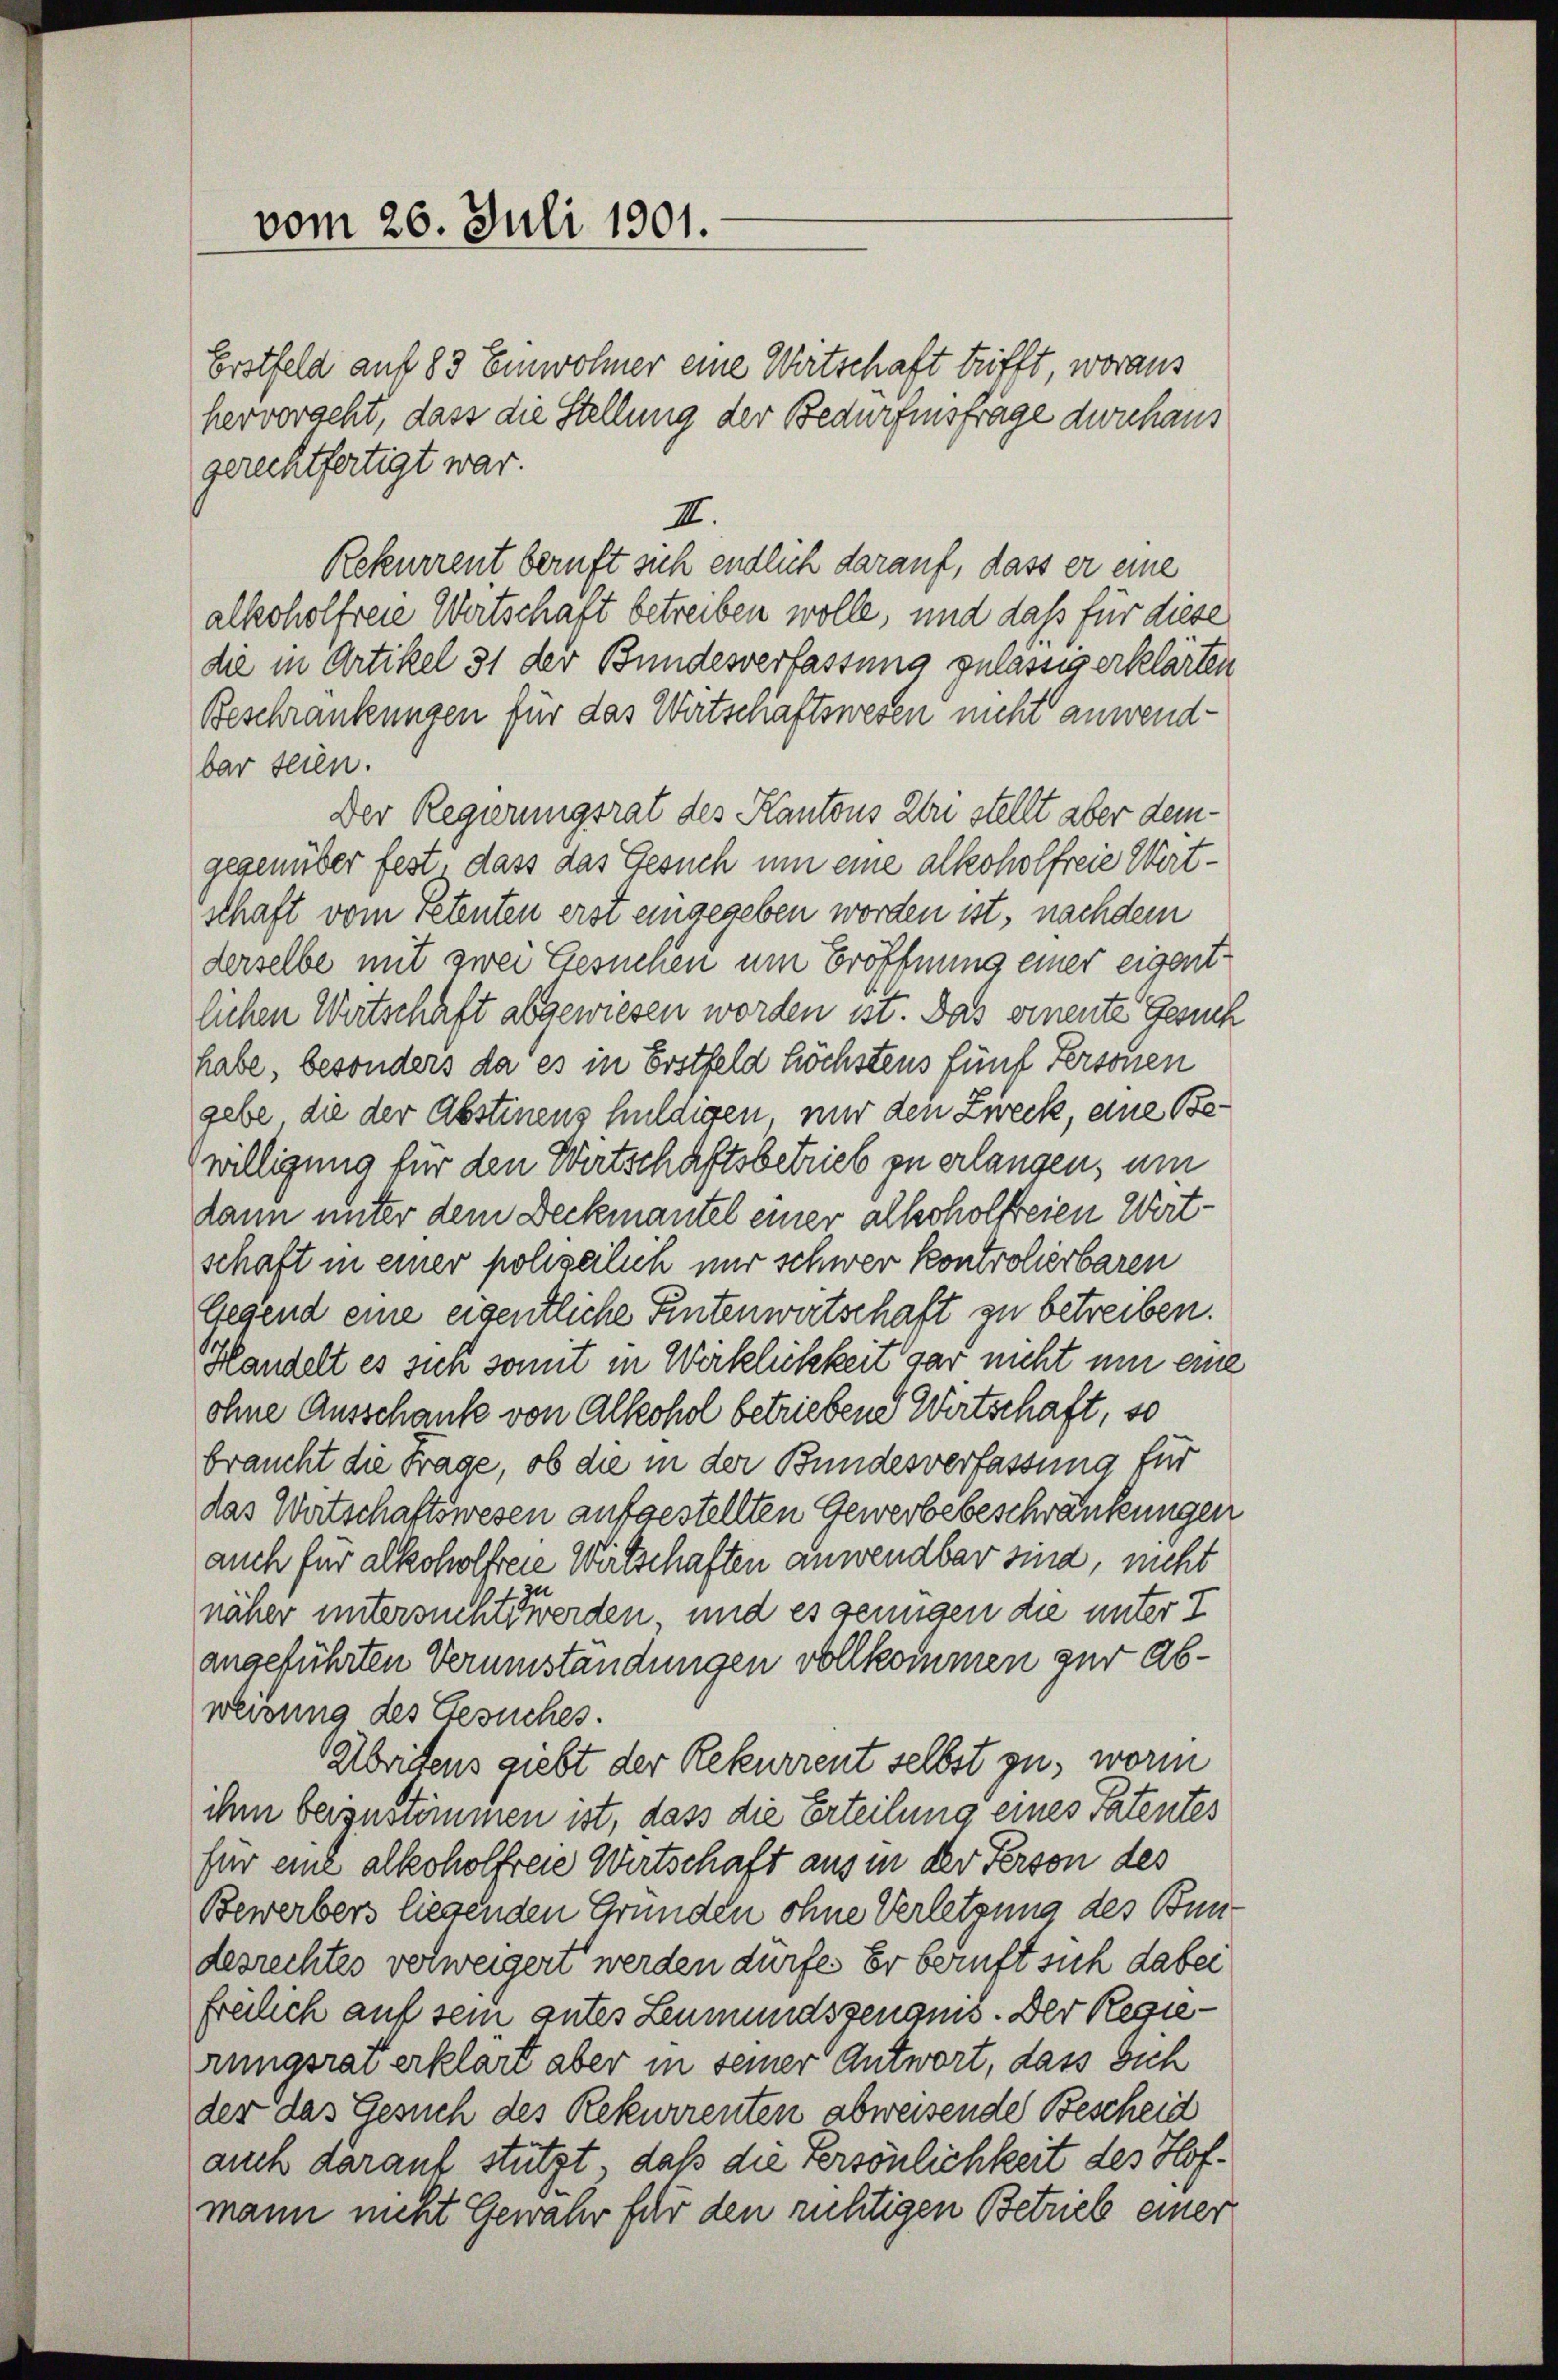
vom 26. Juli 1901.

Erstfeld auf 83 Einwohner eine Wirtschaft trifft, woraus
hervorgeht, dass die Stellung der Bedürfensfrage durchaus
gerechtfertigt war.
Rekurrent beruft sich endlich darauf, dass er eine
alkoholfreie Wertschaft betreiben wolle, und daß für diese
die in Artikel 31 der Bundesverfassung zulässig erklärten
Beschränkungen für das Wirtschaftswesen nicht anwendbar seien.
Der Regierungsrat des Kantons zu stellt aber demgegenüber fest, dass das Gesuch um eine alkoholfreie Wirt-
schaft vom Petenten erst eingegeben worden ist, nachdem
derselbe mit zwei Gesuchen um Eröffnung einer eigentlichen Wertschaft abgewiesen worden ist. Das einente Gesuch
habe, besonders da es in Erstfeld höchstens fünf Personen
gebe, die der Abstinens huldigen nur den Zweck, eine Bewilligung für den Wirtschaftsbetrieb zu erlangen, um
dann unter dem Deckmantel einer alkoholfreien Wert-
schaft in einer polizeilich nur schwer kontrolierbaren
Gegend eine eigentliche Pintenwirtschaft zu betreiben.
Handelt es sich somit in Wirklichkeit gar nicht nur eine
ohne Ausschause von Alkohol betriebene Wirtschaft, so
braucht die Frage, ob die in der Bundesverfassung für
das Watschaftswesen aufgestellten Gewerbebeschränkungen
auch für alkoholfreie Wirtschaften anwendbar sind, nicht
näher untersuchts werden, und es genügen die unter I
angeführten Verumständungen vollkommen zur Abweisung des Gesuches.
Abeitens giebt der Rekurrent selbst zu, worin
ihm beizustimmen ist, dass die Erteilung eines Patentes
für eine alkoholfreie Wirtschaft aus in der Person des
Bewerbers liegenden Gründen ohne Verletzung des Bundesrechtes verweigert werden dürfe. Er beruft sich dabei
freilich auf sein gutes Leumundszeugnis. Der Regierungsrat erklärt aber in seiner Antwort, dass sich
der das Gesuch des Rekurrenten abweisende Bescheid
auch darauf stützt, daß die Persönlichkeit des Hofmann nicht Gewahr für den richtigen Betrieb einer

II.